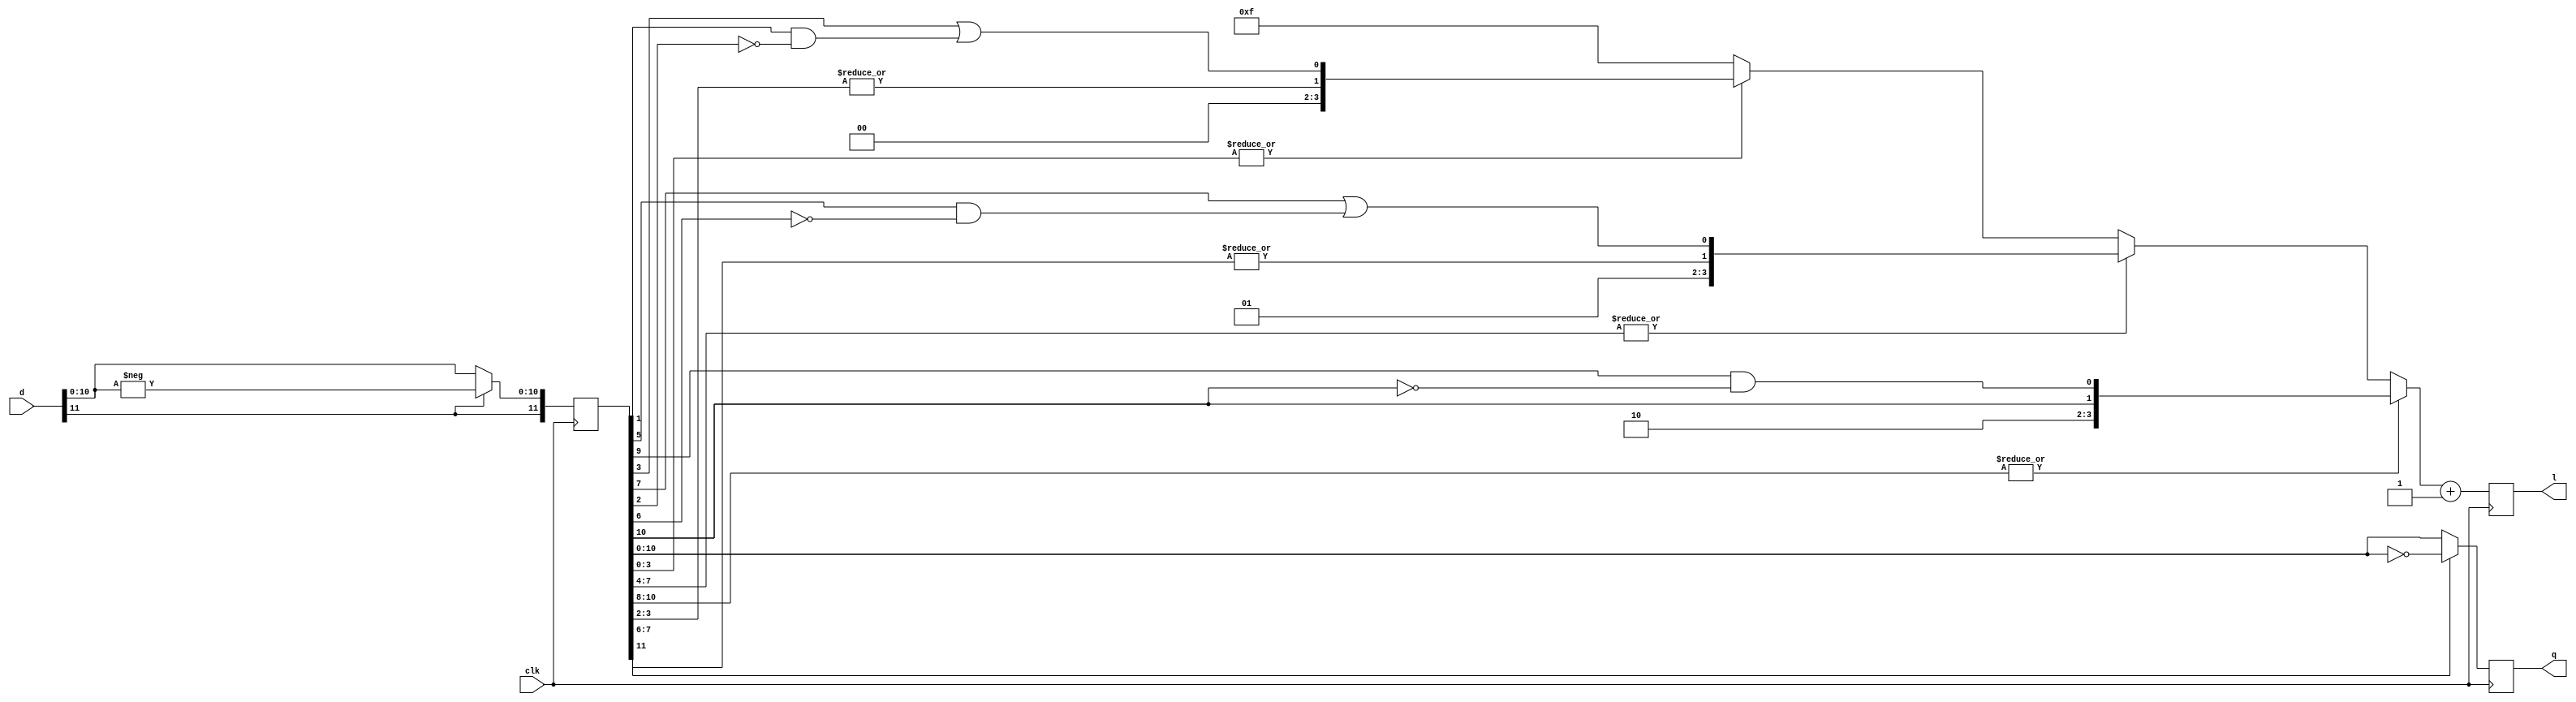
/*!
 * <b>Module:</b>varlen_encode_snglclk
 * @file varlen_encode_snglclk.v
 * @author Andrey Filippov     
 *
 * @brief Part of the Huffman encoder for JPEG compressor - variable length encoder.
 * Uses single pixel clock rate.
 * 
 * @copyright Copyright (c) 2002-2015 Elphel, Inc.
 *
 * <b>License:</b>
 *
 * varlen_encode_snglclk.v is free software; you can redistribute it and/or modify
 * it under the terms of the GNU General Public License as published by
 * the Free Software Foundation, either version 3 of the License, or
 * (at your option) any later version.
 *
 * varlen_encode_snglclk.v is distributed in the hope that it will be useful,
 * but WITHOUT ANY WARRANTY; without even the implied warranty of
 * MERCHANTABILITY or FITNESS FOR A PARTICULAR PURPOSE.  See the
 * GNU General Public License for more details.
 *
 * You should have received a copy of the GNU General Public License
 * along with this program.  If not, see <http://www.gnu.org/licenses/> .
 *
 * Additional permission under GNU GPL version 3 section 7:
 * If you modify this Program, or any covered work, by linking or combining it
 * with independent modules provided by the FPGA vendor only (this permission
 * does not extend to any 3-rd party modules, "soft cores" or macros) under
 * different license terms solely for the purpose of generating binary "bitstream"
 * files and/or simulating the code, the copyright holders of this Program give
 * you the right to distribute the covered work without those independent modules
 * as long as the source code for them is available from the FPGA vendor free of
 * charge, and there is no dependence on any encrypted modules for simulating of
 * the combined code. This permission applies to you if the distributed code
 * contains all the components and scripts required to completely simulate it
 * with at least one of the Free Software programs.
 */

module    varlen_encode_snglclk (
    input             clk,       // posedge
    input       [11:0] d,        // 12-bit 2-s complement
    output reg   [3:0] l,        // [3:0] code length, latency 2 clocks
    output reg  [10:0] q);       // [10:0] literal, latency = 2 clocks

    reg    [11:0] d1;

    wire          this0 =  |d1[ 3:0];
    wire          this1 =  |d1[ 7:4];
    wire          this2 =  |d1[10:8];
    wire    [1:0] codel0 = {|d1[ 3: 2],d1[ 3] || (d1[ 1] & ~d1[ 2])};
    wire    [1:0] codel1 = {|d1[ 7: 6],d1[ 7] || (d1[ 5] & ~d1[ 6])};
    wire    [1:0] codel2 = {|d1[   10],          (d1[ 9] & ~d1[10])};
    wire    [3:0] codel =  this2? {2'b10,codel2[1:0]} :
                     (this1? {2'b01, codel1[1:0]} :
                             (this0 ? {2'b00,codel0[1:0]} : 4'b1111));    // after +1 will be 0;

    always @(posedge clk) begin
        d1[  11]    <=  d[11];
        d1[10:0]    <=  d[11] ? -d[10:0] : d[10:0];
    
        q[10:0]     <= d1[11] ? ~d1[10:0] : d1[10:0];
        l    <= codel[3:0]+1;    // needed only ASAP, valid only 2 cycles after start

    end

endmodule